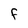
Character: F